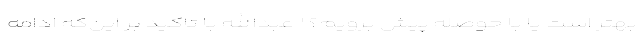
بهتر است یا با حوصله پیش برویم؟ " عبدالله با تاکید بر این‌که ادامه